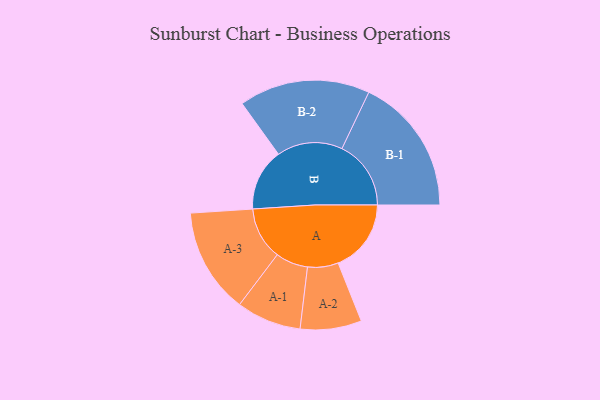
{"axis": {"x": "Segment", "y": "Value"}, "legend": ["", "A", "B"], "data": [{"x": "A", "y": 293, "type": ""}, {"x": "B", "y": 249, "type": ""}, {"x": "A-1", "y": 130, "type": "A"}, {"x": "A-2", "y": 123, "type": "A"}, {"x": "A-3", "y": 211, "type": "A"}, {"x": "B-1", "y": 277, "type": "B"}, {"x": "B-2", "y": 263, "type": "B"}]}